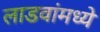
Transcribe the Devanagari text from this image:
लाडवांमध्ये